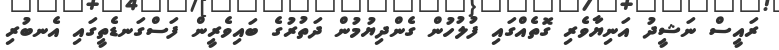
ރައީސް ނަޝީދު އަނިޔާވެރި ގޮތެއްގައި ފުލުހުން ގެންދިޔުމުން ދަތުރުގެ ބައިވެރީން ފަސްގަނޑެތީގައި އެނބުރި